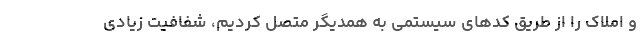
و املاک را از طریق کدهای سیستمی‌ به همدیگر متصل کردیم، شفافیت زیادی